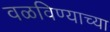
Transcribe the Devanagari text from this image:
वळविण्याच्या